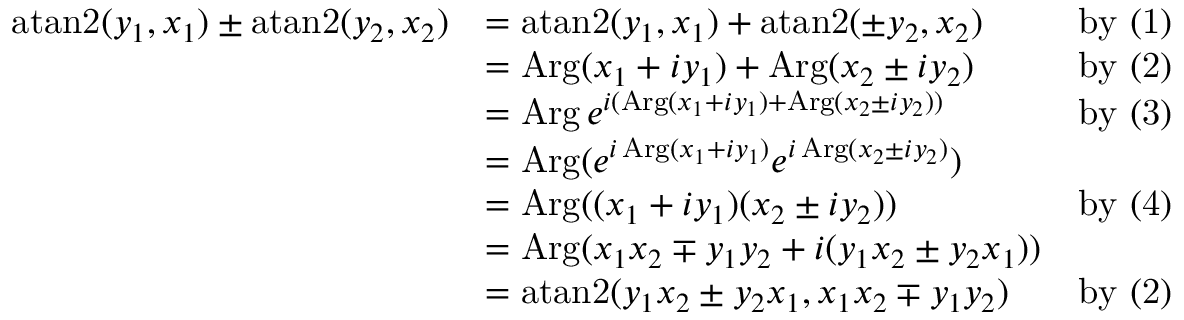
{ \begin{array} { r l r } { \operatorname { a t a n 2 } ( y _ { 1 } , x _ { 1 } ) \pm \operatorname { a t a n 2 } ( y _ { 2 } , x _ { 2 } ) } & { = \operatorname { a t a n 2 } ( y _ { 1 } , x _ { 1 } ) + \operatorname { a t a n 2 } ( \pm y _ { 2 } , x _ { 2 } ) } & { { \mathrm { b y ~ ( 1 ) } } } \\ & { = \operatorname { A r g } ( x _ { 1 } + i y _ { 1 } ) + \operatorname { A r g } ( x _ { 2 } \pm i y _ { 2 } ) } & { { \mathrm { b y ~ ( 2 ) } } } \\ & { = \operatorname { A r g } e ^ { i ( \operatorname { A r g } ( x _ { 1 } + i y _ { 1 } ) + \operatorname { A r g } ( x _ { 2 } \pm i y _ { 2 } ) ) } } & { { \mathrm { b y ~ ( 3 ) } } } \\ & { = \operatorname { A r g } ( e ^ { i \operatorname { A r g } ( x _ { 1 } + i y _ { 1 } ) } e ^ { i \operatorname { A r g } ( x _ { 2 } \pm i y _ { 2 } ) } ) } \\ & { = \operatorname { A r g } ( ( x _ { 1 } + i y _ { 1 } ) ( x _ { 2 } \pm i y _ { 2 } ) ) } & { { \mathrm { b y ~ ( 4 ) } } } \\ & { = \operatorname { A r g } ( x _ { 1 } x _ { 2 } \mp y _ { 1 } y _ { 2 } + i ( y _ { 1 } x _ { 2 } \pm y _ { 2 } x _ { 1 } ) ) } \\ & { = \operatorname { a t a n 2 } ( y _ { 1 } x _ { 2 } \pm y _ { 2 } x _ { 1 } , x _ { 1 } x _ { 2 } \mp y _ { 1 } y _ { 2 } ) } & { { \mathrm { b y ~ ( 2 ) } } } \end{array} }